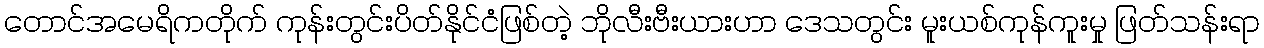
တောင်အမေရိကတိုက် ကုန်းတွင်းပိတ်နိုင်ငံဖြစ်တဲ့ ဘိုလီးဗီးယားဟာ ဒေသတွင်း မူးယစ်ကုန်ကူးမှု ဖြတ်သန်းရာ